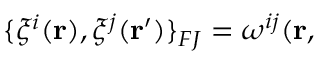
\{ \xi ^ { i } ( { \bf r } ) , \xi ^ { j } ( { \bf r ^ { \prime } } ) \} _ { F J } = \omega ^ { i j } ( { \bf r } ,